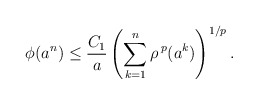
\begin{align*}\phi(a^n)\le \frac{C_1}{a}\left(\sum_{k=1}^n \rho^{\, p} (a^{k})\right)^{1/p}.\end{align*}